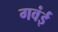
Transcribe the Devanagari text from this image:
गवंई